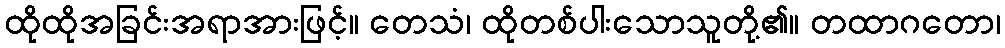
ထိုထိုအခြင်းအရာအားဖြင့်။ တေသံ၊ ထိုတစ်ပါးသောသူတို့၏။ တထာဂတော၊